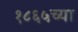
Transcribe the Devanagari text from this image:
१८६५च्या